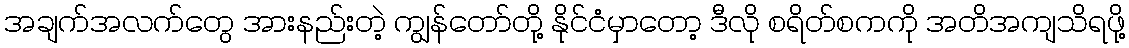
အချက်အလက်တွေ အားနည်းတဲ့ ကျွန်တော်တို့ နိုင်ငံမှာတော့ ဒီလို စရိတ်စကကို အတိအကျသိရဖို့